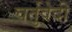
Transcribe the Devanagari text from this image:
चर्तुवेदी